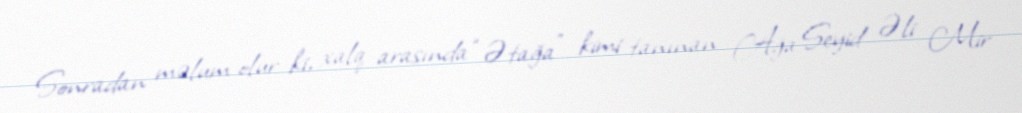
Sonradan məlum olur ki, xalq arasında “Ətağa” kimi tanınan Ağa Seyid Əli Mir